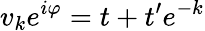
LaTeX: v_{k}e^{i\varphi}=t+t^{\prime}e^{-k}